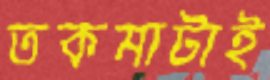
তকমাটাই